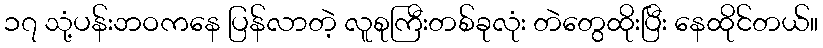
၁၇ သုံ့ပန်းဘဝကနေ ပြန်လာတဲ့ လူစုကြီးတစ်ခုလုံး တဲတွေထိုးပြီး နေထိုင်တယ်။